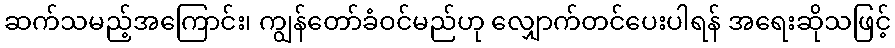
ဆက်သမည့်အကြောင်း၊ ကျွန်တော်ခံဝင်မည်ဟု လျှောက်တင်ပေးပါရန် အရေးဆိုသဖြင့်